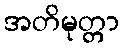
အတိမုတ္တာ